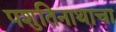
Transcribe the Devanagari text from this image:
पशुतिनाथाचा